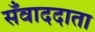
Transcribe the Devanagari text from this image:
सँवाददाता